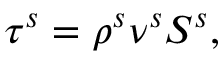
\boldsymbol { \tau ^ { s } } = \rho ^ { s } \nu ^ { s } \boldsymbol { S ^ { s } } ,